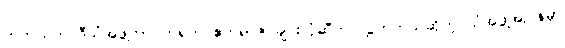
တကယ်က ဒီသံအဖွဲ့ဟာ တရုတ် ဧကရာဇ် ချင်းလုံဆီက လွှတ်တယ်ဆိုတဲ့ သံအဖွဲ့အပြန်မှာ